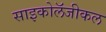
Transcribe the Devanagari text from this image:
साइकोलॅजीकल